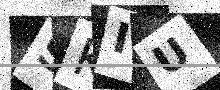
Text: SKIU